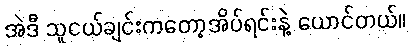
အဲဒီ သူငယ်ချင်းကတော့အိပ်ရင်းနဲ့ ယောင်တယ်။